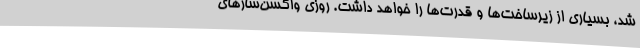
شد، بسیاری از زیرساخت‌ها و قدرت‌ها را خواهد داشت. روزی واکسن‌سازهای